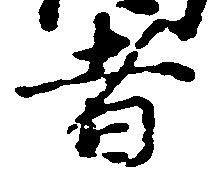
者